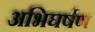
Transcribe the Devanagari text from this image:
अभिघर्षण